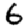
Digit: 6